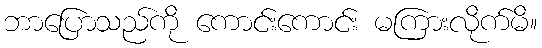
ဘာပြောသည်ကို ကောင်းကောင်း မကြားလိုက်မိ။